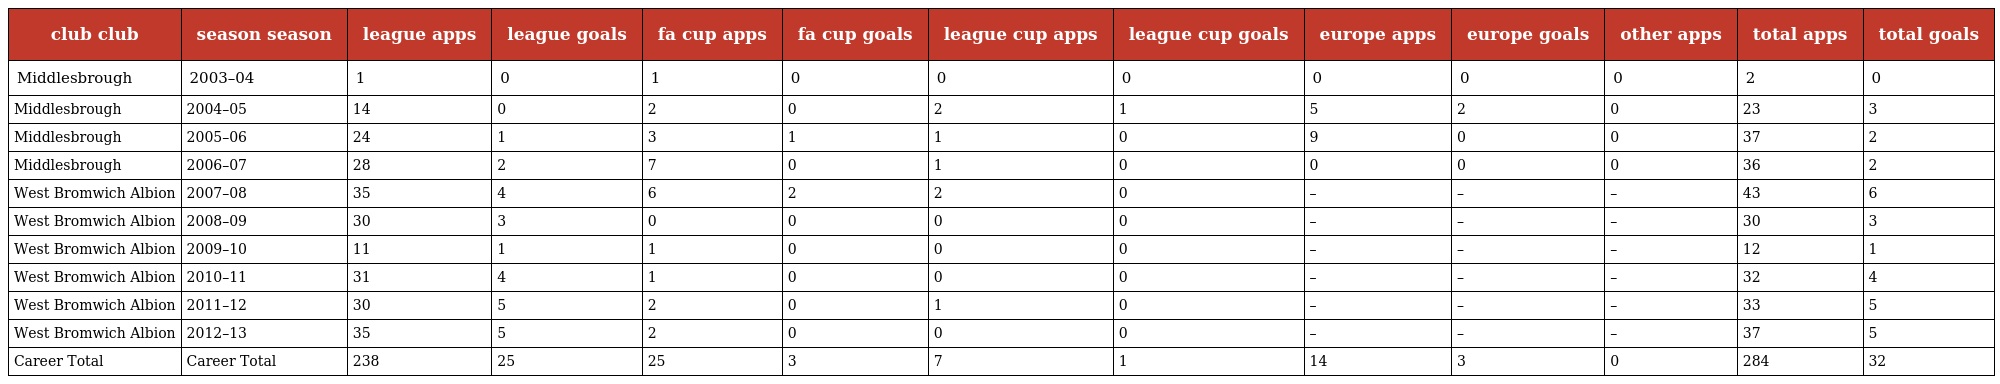
| club club | season season | league apps | league goals | fa cup apps | fa cup goals | league cup apps | league cup goals | europe apps | europe goals | other apps | total apps | total goals |
 | --- | --- | --- | --- | --- | --- | --- | --- | --- | --- | --- | --- | --- |
 | Middlesbrough | 2003–04 | 1 | 0 | 1 | 0 | 0 | 0 | 0 | 0 | 0 | 2 | 0 |
 | Middlesbrough | 2004–05 | 14 | 0 | 2 | 0 | 2 | 1 | 5 | 2 | 0 | 23 | 3 |
 | Middlesbrough | 2005–06 | 24 | 1 | 3 | 1 | 1 | 0 | 9 | 0 | 0 | 37 | 2 |
 | Middlesbrough | 2006–07 | 28 | 2 | 7 | 0 | 1 | 0 | 0 | 0 | 0 | 36 | 2 |
 | West Bromwich Albion | 2007–08 | 35 | 4 | 6 | 2 | 2 | 0 | – | – | – | 43 | 6 |
 | West Bromwich Albion | 2008–09 | 30 | 3 | 0 | 0 | 0 | 0 | – | – | – | 30 | 3 |
 | West Bromwich Albion | 2009–10 | 11 | 1 | 1 | 0 | 0 | 0 | – | – | – | 12 | 1 |
 | West Bromwich Albion | 2010–11 | 31 | 4 | 1 | 0 | 0 | 0 | – | – | – | 32 | 4 |
 | West Bromwich Albion | 2011–12 | 30 | 5 | 2 | 0 | 1 | 0 | – | – | – | 33 | 5 |
 | West Bromwich Albion | 2012–13 | 35 | 5 | 2 | 0 | 0 | 0 | – | – | – | 37 | 5 |
 | Career Total | Career Total | 238 | 25 | 25 | 3 | 7 | 1 | 14 | 3 | 0 | 284 | 32 |